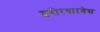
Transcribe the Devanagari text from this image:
शरीरधारणेस